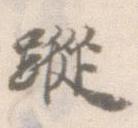
蹤